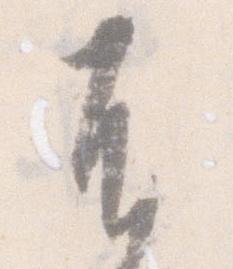
不